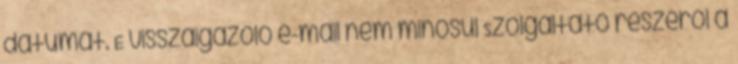
dátumát. E visszaigazoló e-mail nem minősül Szolgáltató részéről a